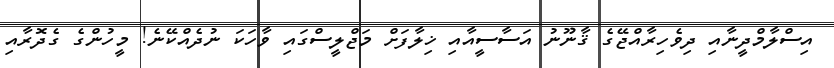
އިސްލާމްދީނާއި ދިވެހިރާއްޖޭގެ ޤާނޫނު އަސާސީއާއި ޚިލާފަށް މަޖްލީސްގައި ވާހަކަ ނުދެއްކޭނެ! މީހުންގެ ގެދޮރާއި